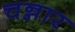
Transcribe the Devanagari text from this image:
चन्नार